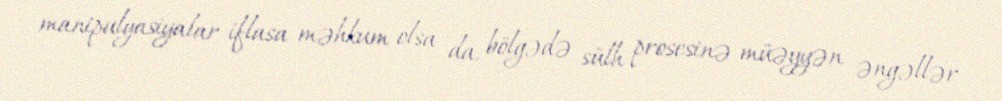
manipulyasiyalar iflasa məhkum olsa da, bölgədə sülh prosesinə müəyyən əngəllər